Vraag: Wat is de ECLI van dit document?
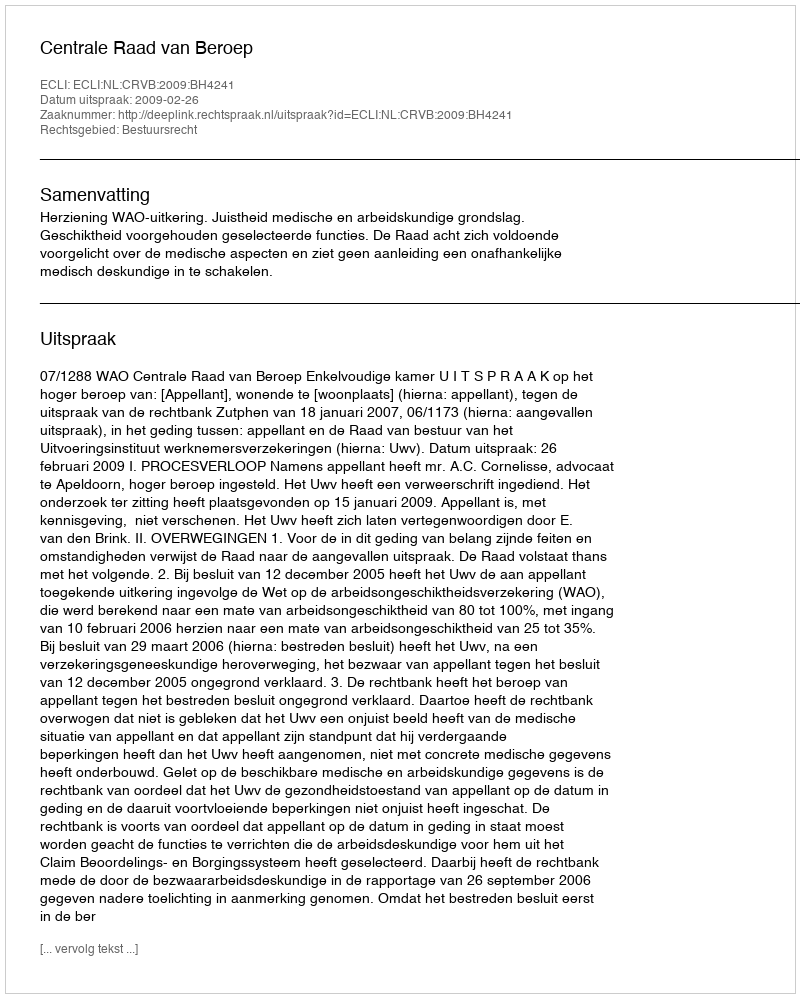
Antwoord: ECLI:NL:CRVB:2009:BH4241